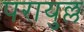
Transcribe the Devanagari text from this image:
परायुल्ल